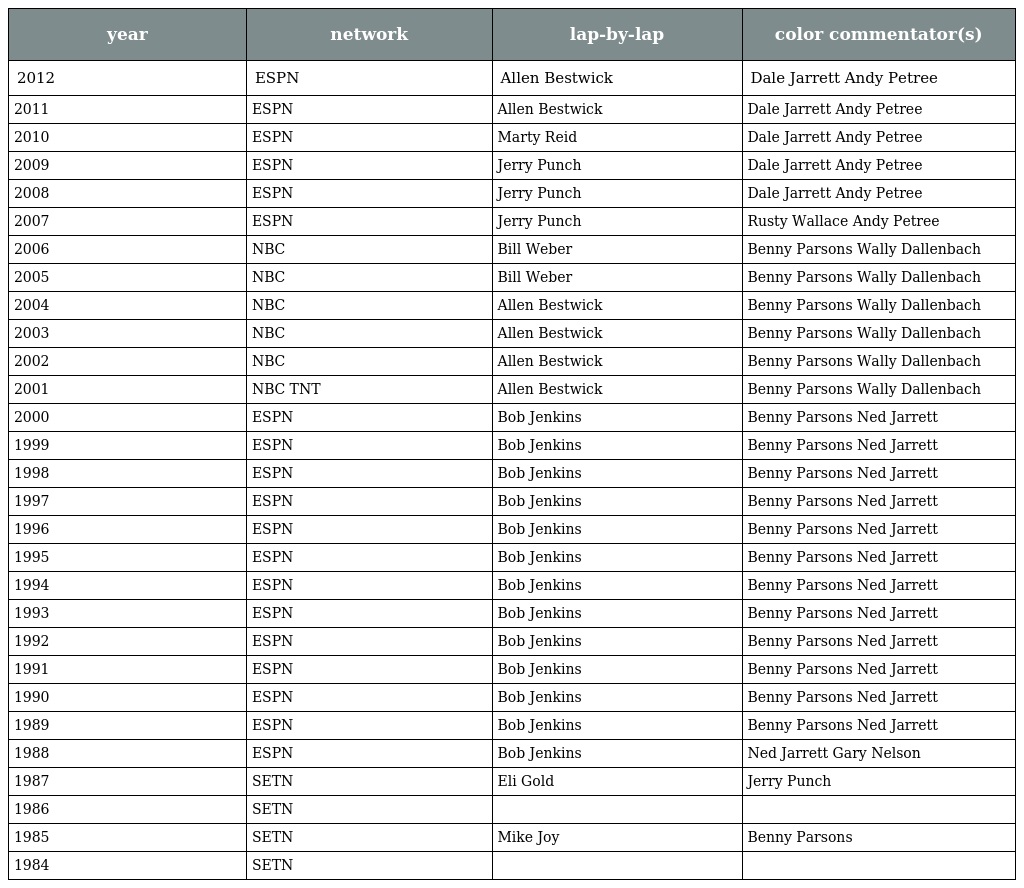
| year | network | lap-by-lap | color commentator(s) |
 | --- | --- | --- | --- |
 | 2012 | ESPN | Allen Bestwick | Dale Jarrett Andy Petree |
 | 2011 | ESPN | Allen Bestwick | Dale Jarrett Andy Petree |
 | 2010 | ESPN | Marty Reid | Dale Jarrett Andy Petree |
 | 2009 | ESPN | Jerry Punch | Dale Jarrett Andy Petree |
 | 2008 | ESPN | Jerry Punch | Dale Jarrett Andy Petree |
 | 2007 | ESPN | Jerry Punch | Rusty Wallace Andy Petree |
 | 2006 | NBC | Bill Weber | Benny Parsons Wally Dallenbach |
 | 2005 | NBC | Bill Weber | Benny Parsons Wally Dallenbach |
 | 2004 | NBC | Allen Bestwick | Benny Parsons Wally Dallenbach |
 | 2003 | NBC | Allen Bestwick | Benny Parsons Wally Dallenbach |
 | 2002 | NBC | Allen Bestwick | Benny Parsons Wally Dallenbach |
 | 2001 | NBC TNT | Allen Bestwick | Benny Parsons Wally Dallenbach |
 | 2000 | ESPN | Bob Jenkins | Benny Parsons Ned Jarrett |
 | 1999 | ESPN | Bob Jenkins | Benny Parsons Ned Jarrett |
 | 1998 | ESPN | Bob Jenkins | Benny Parsons Ned Jarrett |
 | 1997 | ESPN | Bob Jenkins | Benny Parsons Ned Jarrett |
 | 1996 | ESPN | Bob Jenkins | Benny Parsons Ned Jarrett |
 | 1995 | ESPN | Bob Jenkins | Benny Parsons Ned Jarrett |
 | 1994 | ESPN | Bob Jenkins | Benny Parsons Ned Jarrett |
 | 1993 | ESPN | Bob Jenkins | Benny Parsons Ned Jarrett |
 | 1992 | ESPN | Bob Jenkins | Benny Parsons Ned Jarrett |
 | 1991 | ESPN | Bob Jenkins | Benny Parsons Ned Jarrett |
 | 1990 | ESPN | Bob Jenkins | Benny Parsons Ned Jarrett |
 | 1989 | ESPN | Bob Jenkins | Benny Parsons Ned Jarrett |
 | 1988 | ESPN | Bob Jenkins | Ned Jarrett Gary Nelson |
 | 1987 | SETN | Eli Gold | Jerry Punch |
 | 1986 | SETN |  |  |
 | 1985 | SETN | Mike Joy | Benny Parsons |
 | 1984 | SETN |  |  |